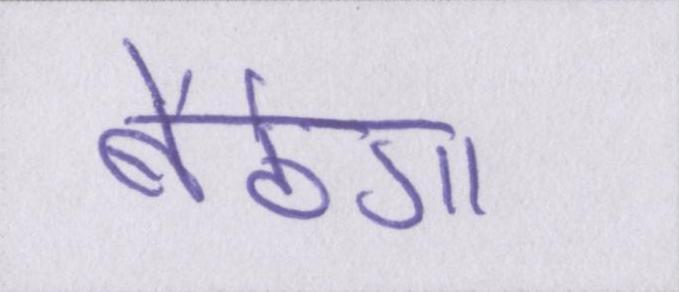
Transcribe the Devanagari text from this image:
बैठेगा